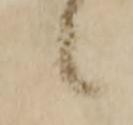
候